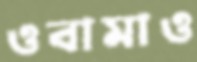
ওবামাও